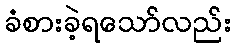
ခံစားခဲ့ရသော်လည်း